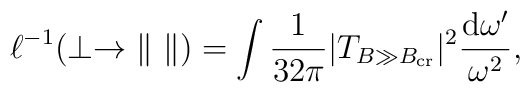
\ell^{-1}(\perp\to \| ~ \|) = \int \frac {1}{32\pi}|T_{B \gg B_{\rm    cr}}|^2\frac {{\rm d}\omega'}{\omega^2},